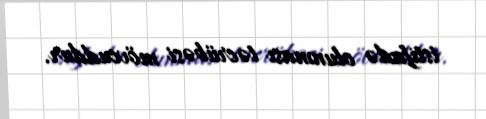
istifadə olunması təcrübəsi mövcuddur.